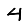
Digit: 4